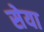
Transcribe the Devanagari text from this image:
सेया